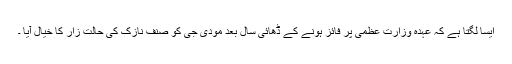
ایسا لگتا ہے کہ عہدہ وزارت عظمیٰ پر فائز ہونے کے ڈھائی سال بعد مودی جی کو صنف نازک کی حالت زار کا خیال آیا ۔